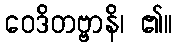
ဝေဒိတဗ္ဗာနိ၊ ၏။